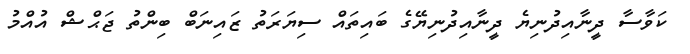
ކަވާސާ ދީނާއިދުނިޔެ ދީނާއިދުނިޔޭގެ ބައިތައް ސިޔަރަތު ޒައިނަބް ބިންތު ޖަޙްޝް އުއްމު